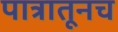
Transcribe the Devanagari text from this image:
पात्रातूनच